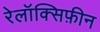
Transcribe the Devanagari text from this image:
रेलॉक्सिफ़ीन